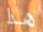
هذا